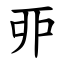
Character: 丣